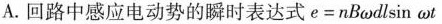
A.回路中感应电动势的瞬时表达式$$e=n B \omega d l \sin \omega t$$